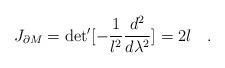
\begin{align*}J_{\partial M} = {\rm det}^{\prime}[-{{1}\over{l^2}} {{d^2}\over{d \lambda^2}}] = 2l \quad .\end{align*}